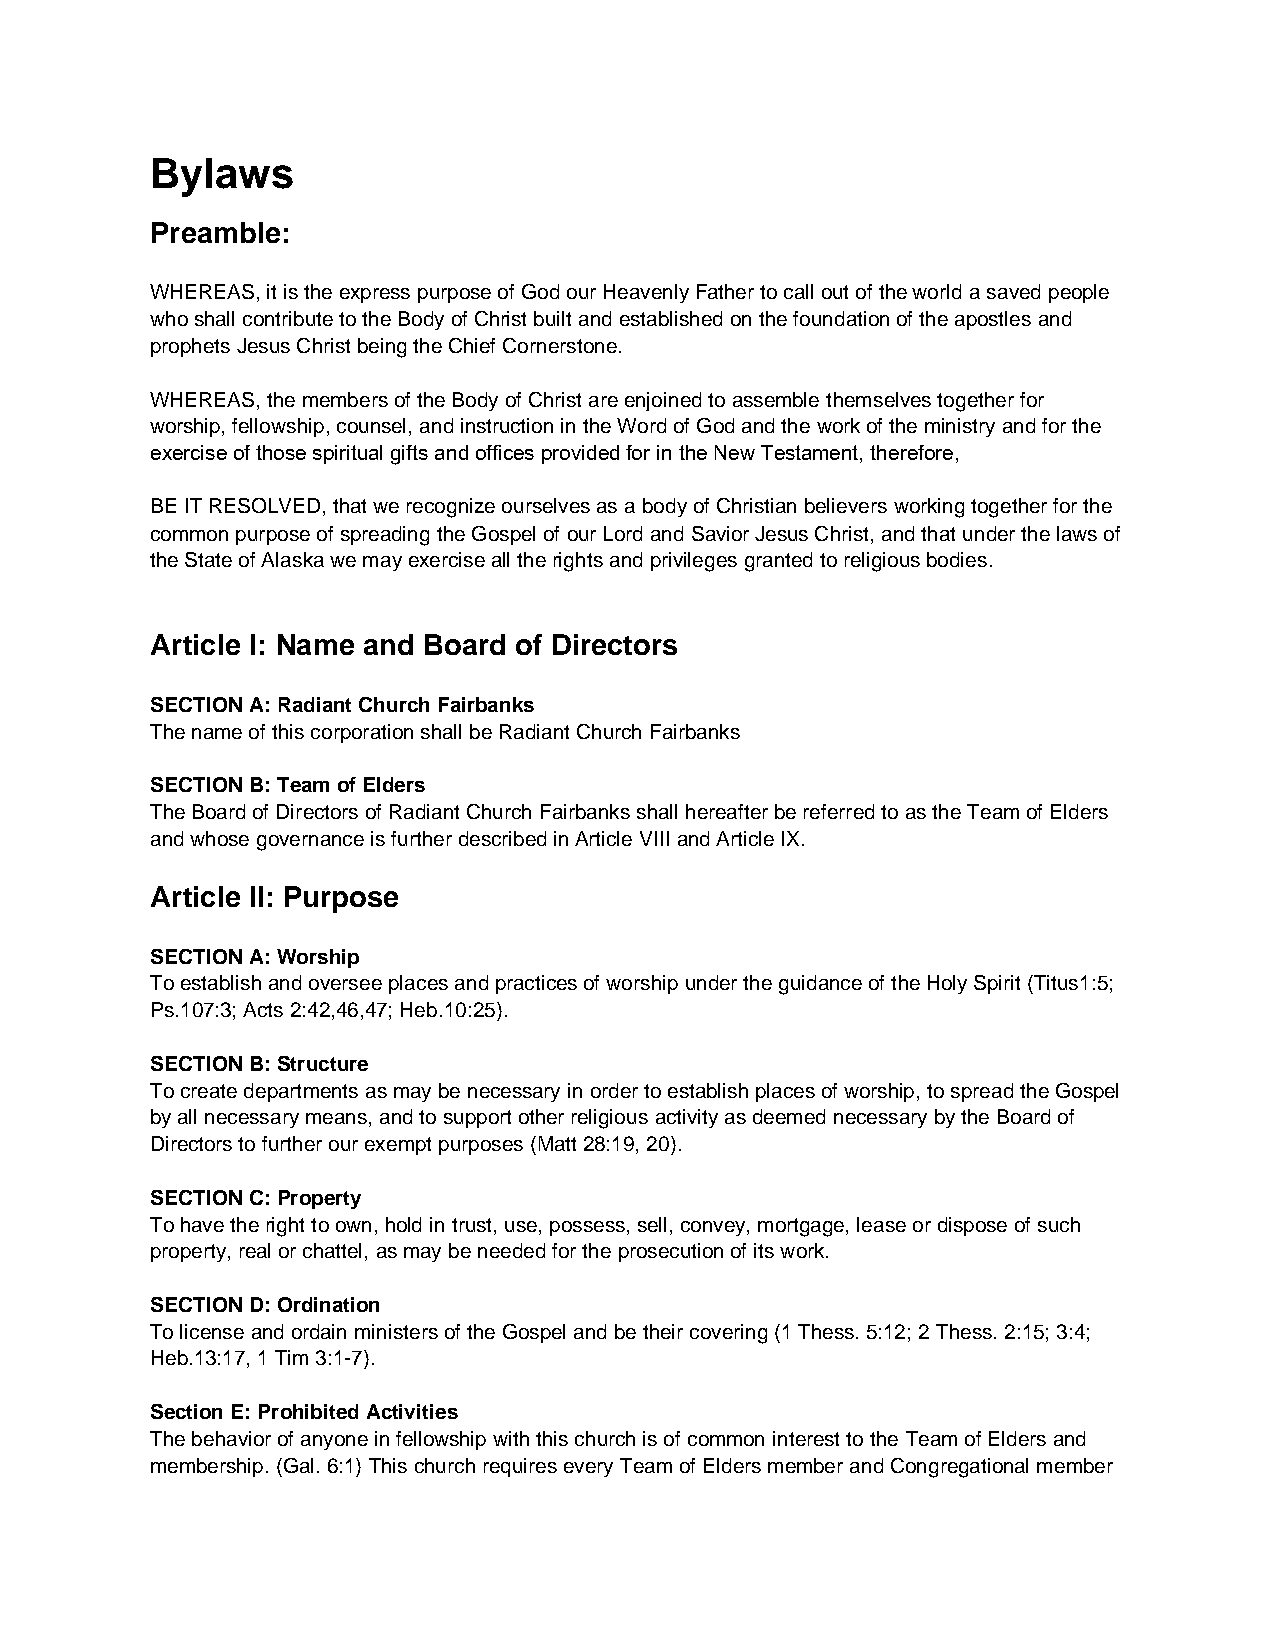
Bylaws
 Preamble:
 WHEREAS, it is the express purpose of God our Heavenly Father to call out of the world a saved people
 who shall contribute to the Body of Christ built and established on the foundation of the apostles and
 prophets Jesus Christ being the Chief Cornerstone.
 WHEREAS, the members of the Body of Christ are enjoined to assemble themselves together for
 worship, fellowship, counsel, and instruction in the Word of God and the work of the ministry and for the
 exercise of those spiritual gifts and offices provided for in the New Testament, therefore,
 BE IT RESOLVED, that we recognize ourselves as a body of Christian believers working together for the
 common purpose of spreading the Gospel of our Lord and Savior Jesus Christ, and that under the laws of
 the State of Alaska we may exercise all the rights and privileges granted to religious bodies.
 Article I: Name and Board of Directors
 SECTION A: Radiant Church Fairbanks
 The name of this corporation shall be Radiant Church Fairbanks
 SECTION B: Team of Elders
 The Board of Directors of Radiant Church Fairbanks shall hereafter be referred to as the Team of Elders
 and whose governance is further described in Article VIII and Article IX.
 Article II: Purpose
 SECTION A: Worship
 To establish and oversee places and practices of worship under the guidance of the Holy Spirit (Titus1:5;
 Ps.107:3; Acts 2:42,46,47; Heb.10:25).
 SECTION B: Structure
 To create departments as may be necessary in order to establish places of worship, to spread the Gospel
 by all necessary means, and to support other religious activity as deemed necessary by the Board of
 Directors to further our exempt purposes (Matt 28:19, 20).
 SECTION C: Property
 To have the right to own, hold in trust, use, possess, sell, convey, mortgage, lease or dispose of such
 property, real or chattel, as may be needed for the prosecution of its work.
 SECTION D: Ordination
 To license and ordain ministers of the Gospel and be their covering (1 Thess. 5:12; 2 Thess. 2:15; 3:4;
 Heb.13:17, 1 Tim 3:1-7).
 Section E: Prohibited Activities
 The behavior of anyone in fellowship with this church is of common interest to the Team of Elders and
 membership. (Gal. 6:1) This church requires every Team of Elders member and Congregational member